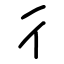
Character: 彳